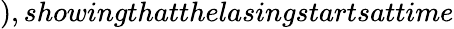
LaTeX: ),showingthatthelasingstartsattime